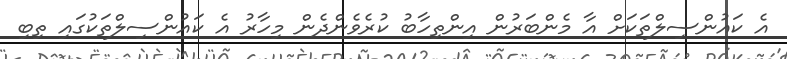
އެ ކައުންސިލްތަކަށް އާ މެންބަރުން އިންތިހާބު ކުރެވެންދެން މިހާރު އެ ކައުންސިލްތަކުގައި ތިބި